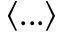
\langle . . . \rangle